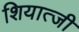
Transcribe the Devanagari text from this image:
शियात्जी